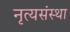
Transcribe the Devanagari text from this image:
नृत्यसंस्था